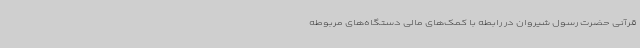
قرآنی حضرت رسول شیروان در رابطه با کمک‌های مالی دستگاه‌های مربوطه